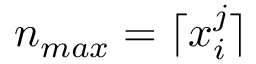
n _ { m a x } = \lceil x _ { i } ^ { j } \rceil